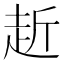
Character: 赾